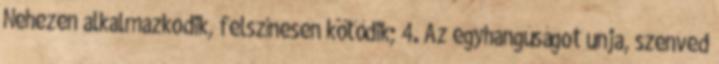
Nehezen alkalmazkodik, felszínesen kötődik; 4. Az egyhangúságot unja, szenved